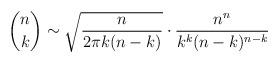
LaTeX: \begin{align*}\binom{n}{k} \sim \sqrt{\dfrac{n}{2 \pi k (n-k)}} \cdot \dfrac{n^n}{k^k(n-k)^{n-k}}\end{align*}